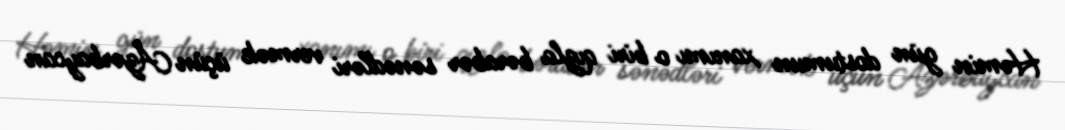
Həmin gün dostumun xanımı o biri qızla bərabər sənədləri vermək üçün Azərbaycan